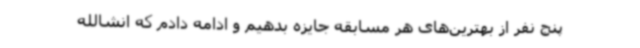
پنج نفر از بهترین‌های هر مسابقه جایزه بدهیم و ادامه دادم که انشالله